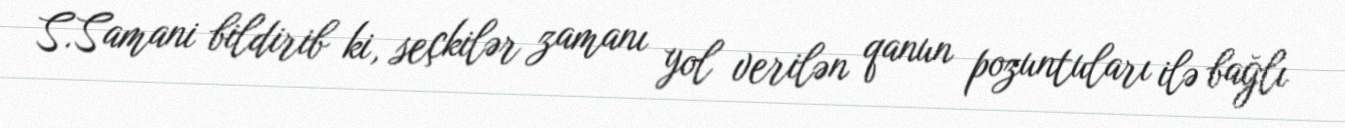
S.Samani bildirib ki, seçkilər zamanı yol verilən qanun pozuntuları ilə bağlı